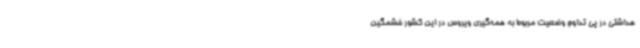
هداشتی در پی تداوم وضعیت مربوط به همه‌گیری ویروس در این کشور خشمگین